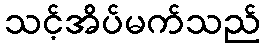
သင့်အိပ်မက်သည်